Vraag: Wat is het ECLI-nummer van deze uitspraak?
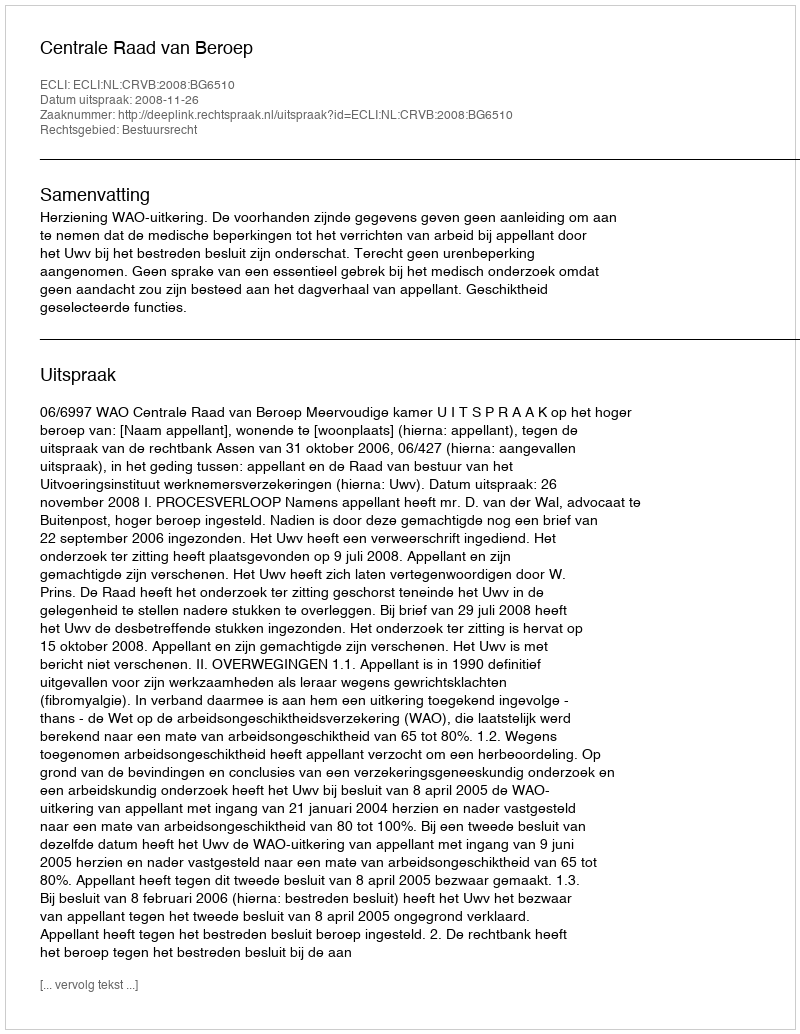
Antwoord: ECLI:NL:CRVB:2008:BG6510